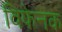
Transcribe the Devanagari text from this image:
विफेनक